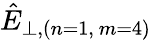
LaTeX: \hat{E}_{\bot,(n=1,\ m=4)}